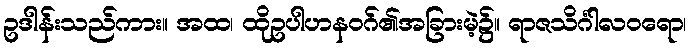
ဥဒါန်းသည်ကား။ အထ၊ ထိုဥပါဟနဝဂ်၏အခြားမဲ့၌။ ရာဇသိင်္ဂါလဝရော၊